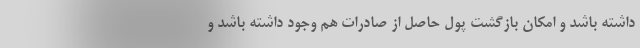
داشته باشد و امکان بازگشت پول حاصل از صادرات هم وجود داشته باشد و